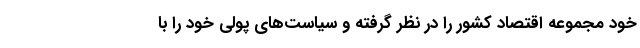
خود مجموعه اقتصاد کشور را در نظر گرفته و سیاست‌های پولی خود را با